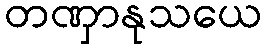
တဏှာနုသယေ